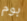
بوم